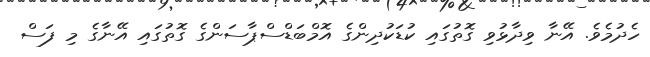
ހެދުމެވެ. އޭނާ ވިދާޅުވި ގޮތުގައި ކުޑަކުދިންގެ އޮމްބަޑްސްޕާސަންގެ ގޮތުގައި އޭނާގެ މި ފަސް